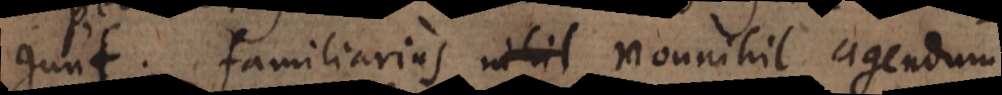
gunt; familiarius nihil nonnihil agendum